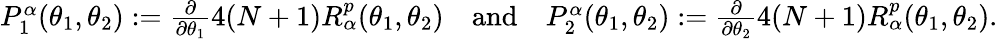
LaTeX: \begin{array}{r}{P_{1}^{\alpha}(\theta_{1},\theta_{2}):=\frac{\partial}{\partial\theta_{1}}4(N+1)R_{\alpha}^{p}(\theta_{1},\theta_{2})\quad\mathrm{and}\quad P_{2}^{\alpha}(\theta_{1},\theta_{2}):=\frac{\partial}{\partial\theta_{2}}4(N+1)R_{\alpha}^{p}(\theta_{1},\theta_{2}).}\end{array}